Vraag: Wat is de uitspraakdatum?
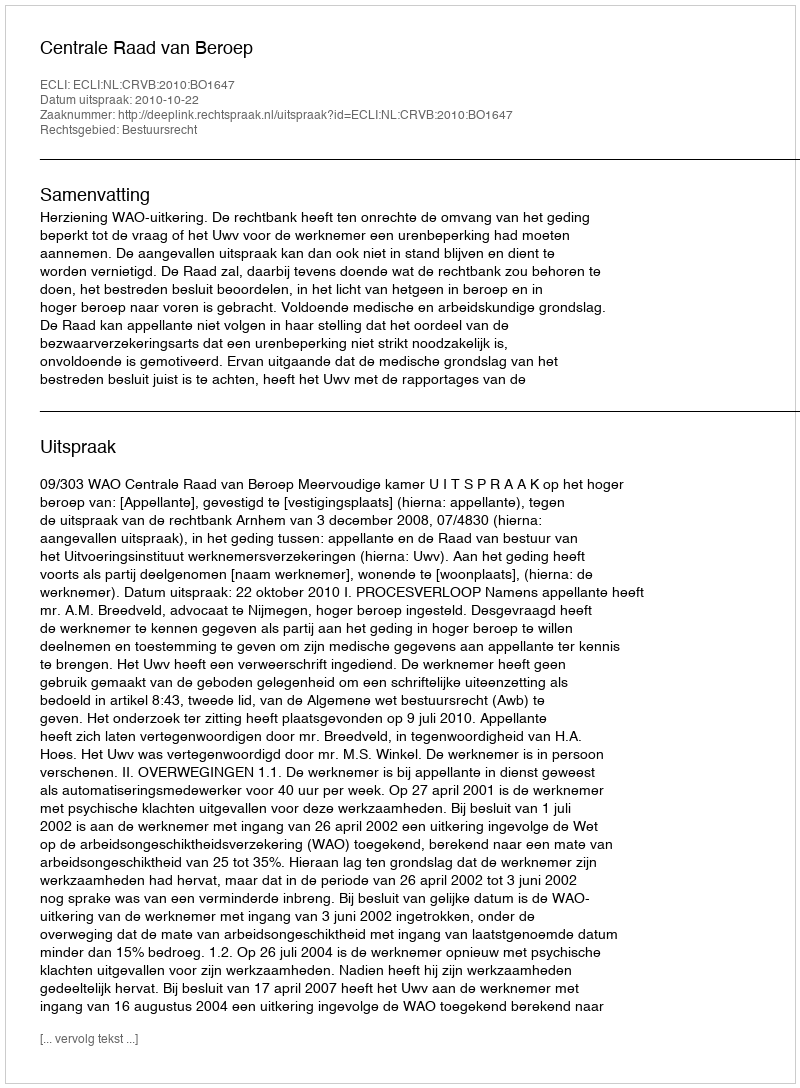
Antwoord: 2010-10-22